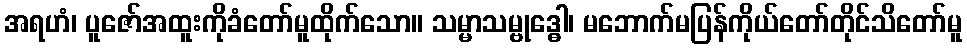
အရဟံ၊ ပူဇော်အထူးကိုခံတော်မူထိုက်သော။ သမ္မာသမ္ဗုဒ္ဓေါ၊ မဘောက်မပြန်ကိုယ်တော်တိုင်သိတော်မူ